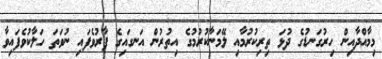
މިމާއްދާއިން ހިރުގަނޑުގެ ދުޅަ ތިރިކުރުމާއި ލޭމަނާކުރުމުގެ އިތުރުން އަނގައިގެ ފާރުވެފައި ނުވަތަ ހަލާކުވެފައިވާ